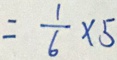
= \frac { 1 } { 6 } \times 5